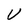
Character: U